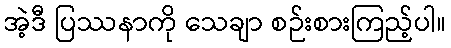
အဲ့ဒီ ပြဿနာကို သေချာ စဉ်းစားကြည့်ပါ။